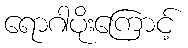
ရောဂါပိုးကြောင့်